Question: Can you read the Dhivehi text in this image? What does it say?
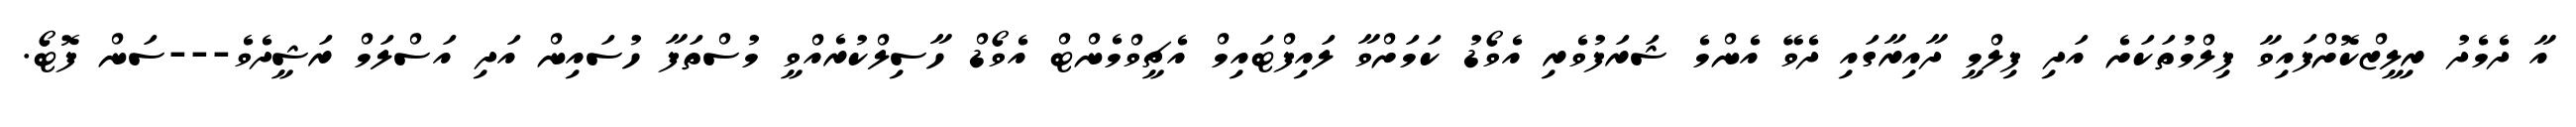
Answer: އާ ދެމެދު ރިލީޒްކޮށްފައިވާ ފިލްމުތަކަށެ އަދި ފިލްމީ ދާއިރާގައި ދެވޭ އެންމެ ޝަރަފުވެރި އެވޯޑު ކަމަށްވާ ލައިފްޓައިމް އެޗީވްމެންޓް އެވޯޑް ހާސިލްކުރެއްވީ މުސްތަފާ ހުސައިން އަދި އަސްލަމް ރަޝީދެވެ---ސަން ފޮޓޯ.